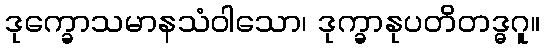
ဒုက္ခောသမာနသံဝါသော၊ ဒုက္ခာနုပတိတဒ္ဓဂူ။